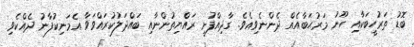
ބޮޑު ތަރުހީބަކާއި ހޫނު މަރުޙަބާއެއް ދެންނެވިއެވެ. ގާދިއްފުށީ ރައްޔިތުންނާއި ބައްދަލުކުރައްވަވާ އެމަނިކުފާނު ދެއްކެވި